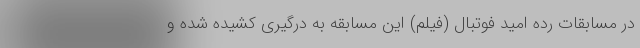
در مسابقات رده امید فوتبال (فیلم) این مسابقه به درگیری کشیده شده و